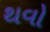
થવો